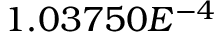
1 . 0 3 7 5 0 E ^ { - 4 }